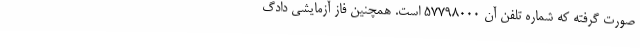
صورت گرفته که شماره تلفن آن 57798000 است. همچنین فاز آزمایشی دادگ